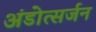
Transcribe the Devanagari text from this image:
अंडोत्सर्जन